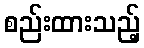
စည်းထားသည့်